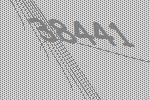
38441